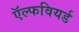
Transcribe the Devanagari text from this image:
ऍल्फवियर्ड